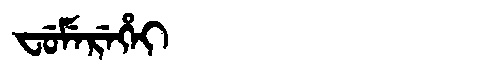
Manchu: ᠸᡠᠮᡝᡵᡝᡥᡝᡳ
Romanization: FUMEREHEI